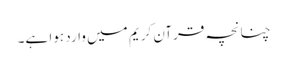
چنانچہ قرآن کریم میں وارد ہوا ہے۔